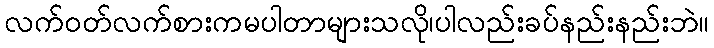
လက်ဝတ်လက်စားကမပါတာများသလို၊ပါလည်းခပ်နည်းနည်းဘဲ။